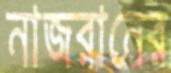
নাজরানের